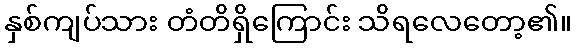
နှစ်ကျပ်သား တံတိရှိကြောင်း သိရလေတော့၏။